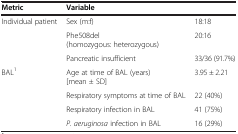
<table><thead><tr><td><b>Metric</b></td><td><b>Variable</b></td><td><b> </b></td></tr></thead><tbody><tr><td rowspan="3">Individual patient</td><td>Sex (m:f)</td><td>18:18</td></tr><tr><td>Phe508del (homozygous: heterozygous)</td><td>20:16</td></tr><tr><td>Pancreatic insufficient</td><td>33/36 (91.7%)</td></tr><tr><td rowspan="4">BAL<sup>1</sup></td><td>Age at time of BAL (years) [mean ± SD]</td><td>3.95 ± 2.21</td></tr><tr><td>Respiratory symptoms at time of BAL</td><td>22 (40%)</td></tr><tr><td>Respiratory infection in BAL</td><td>41 (75%)</td></tr><tr><td><i>P. aeruginosa</i> infection in BAL</td><td>16 (29%)</td></tr></tbody></table>